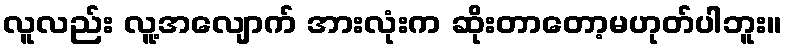
လူလည်း လူ့အလျောက် အားလုံးက ဆိုးတာတော့မဟုတ်ပါဘူး။